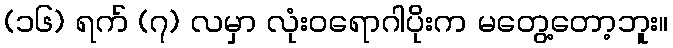
(၁၆) ရက် (၇) လမှာ လုံးဝရောဂါပိုးက မတွေ့တော့ဘူး။